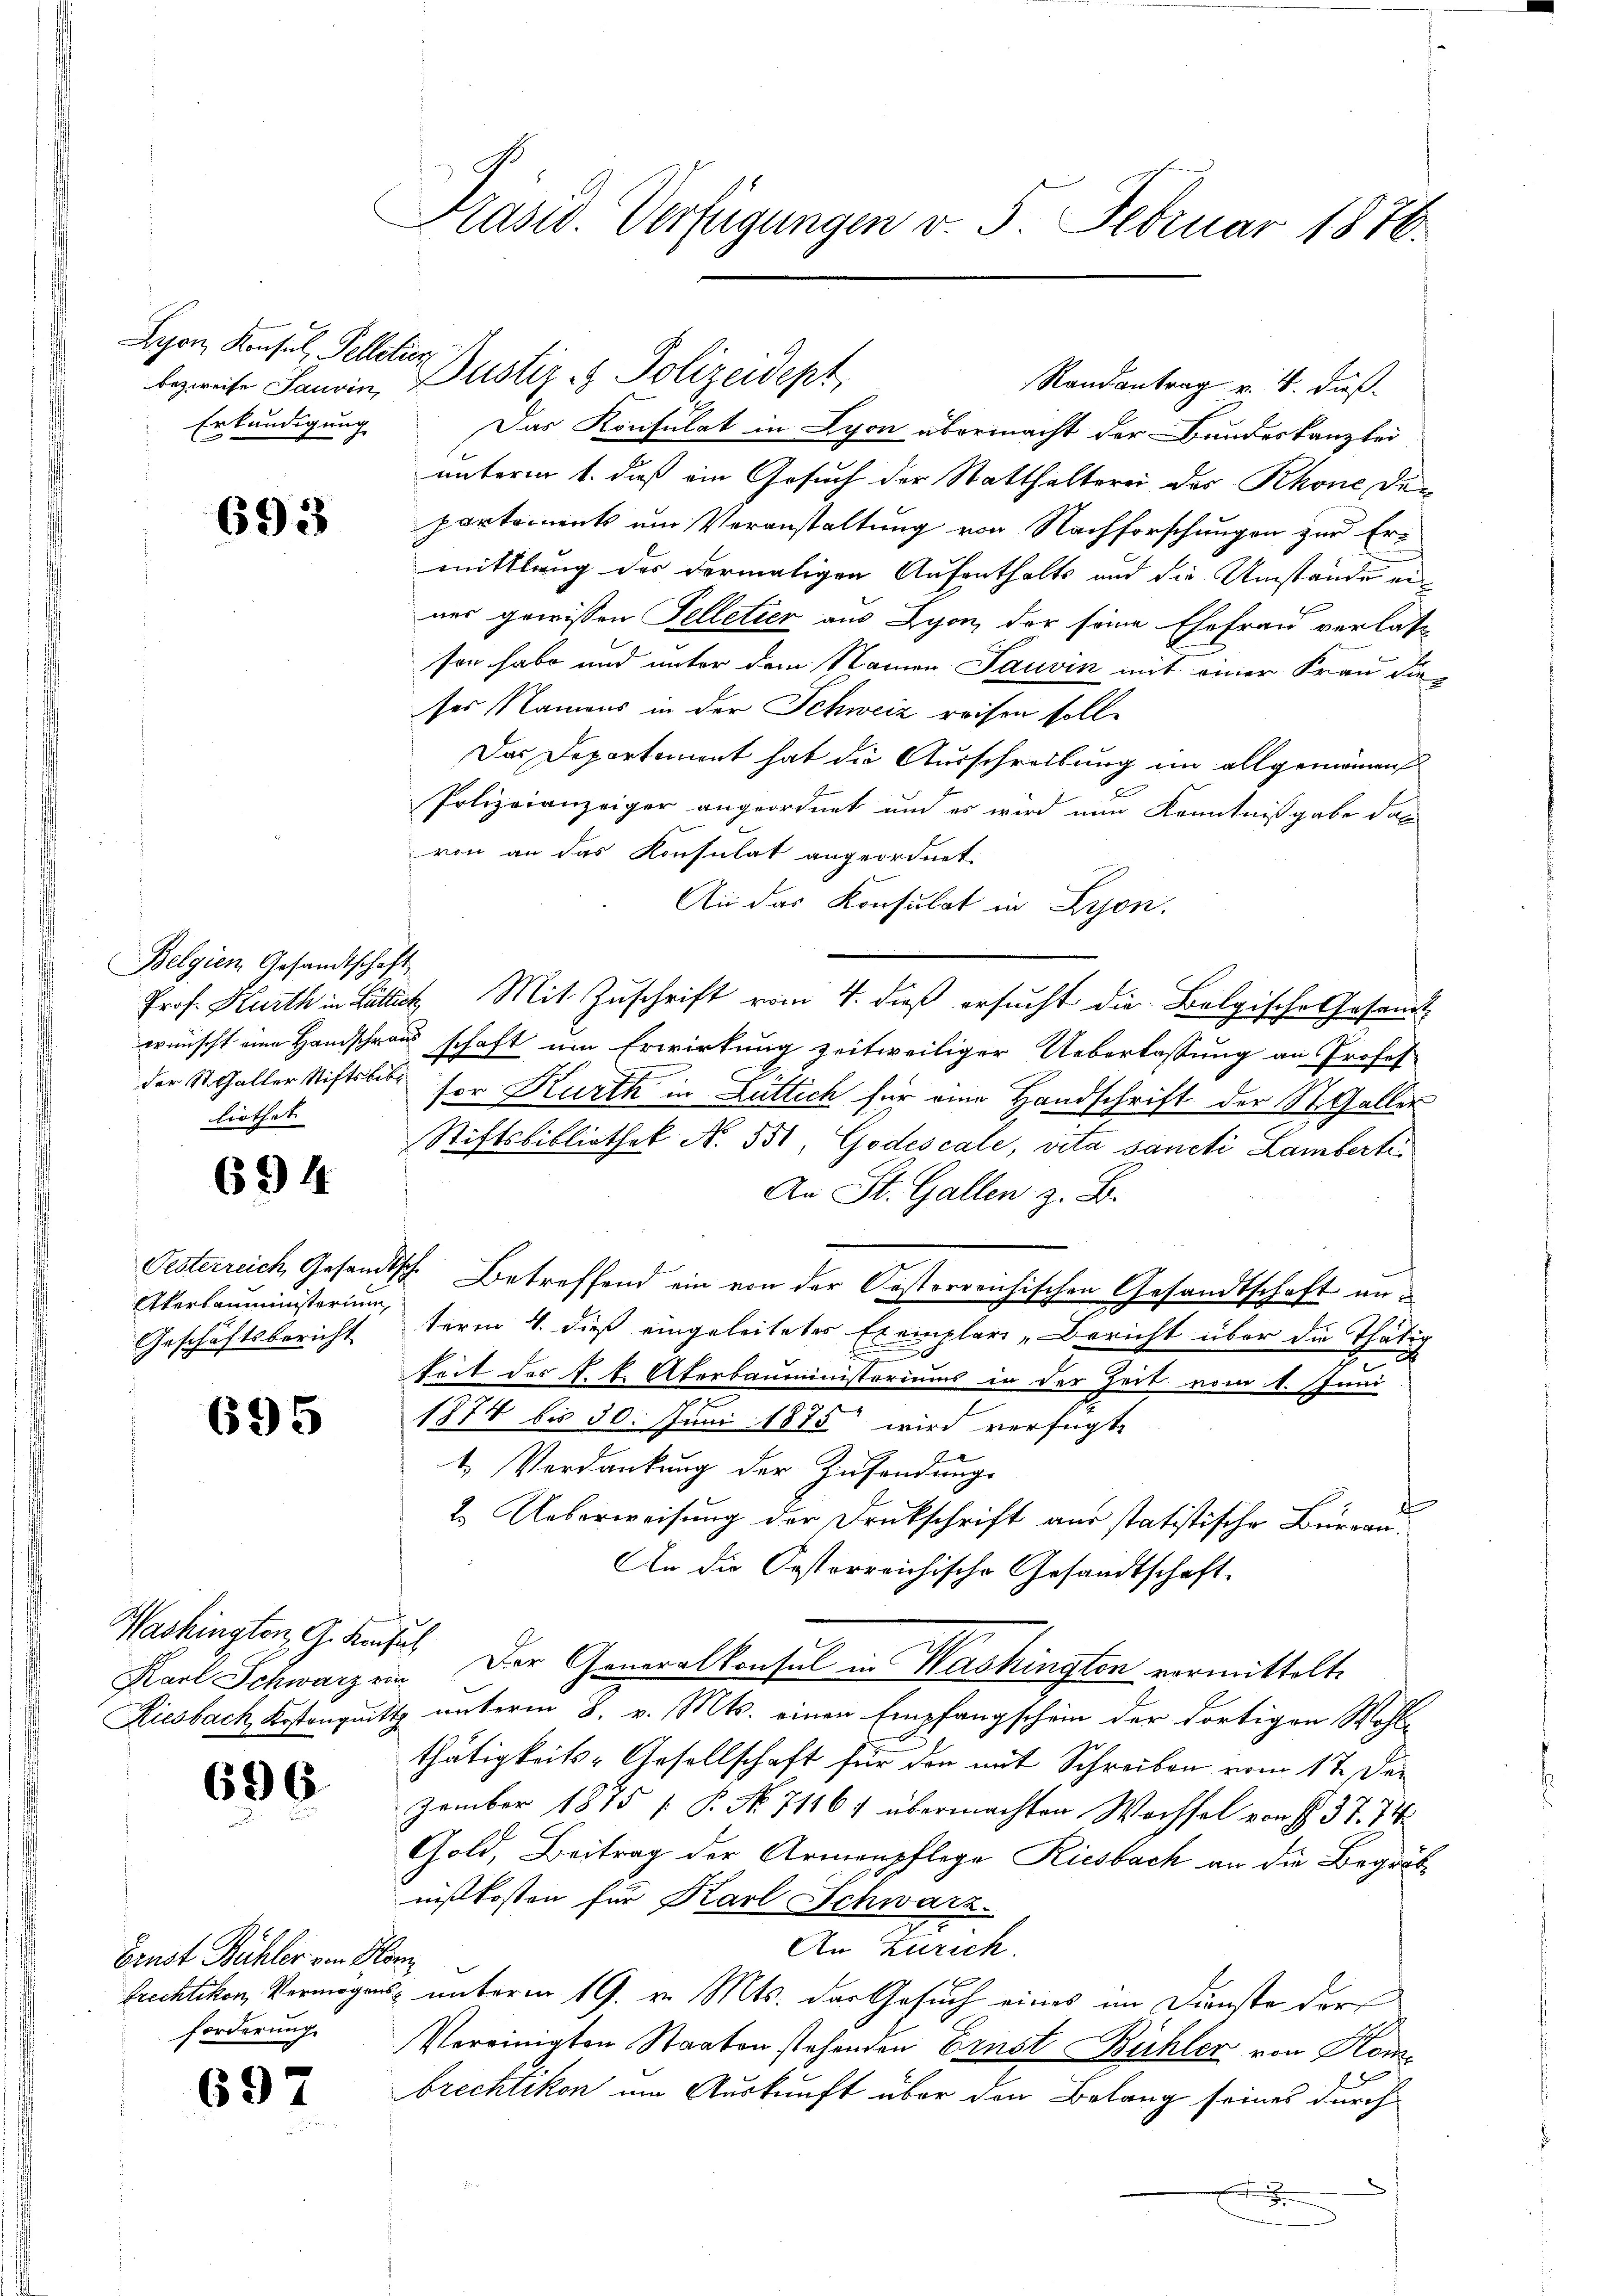
Lyon, Konsul, Pelletier
bezweife Jauvin
Erkundigung

693

Belgien Gesandtschaft
liothet

694

Oesterreich Gesandt,
Ekerbauministerium
Geschäftsbericht

695

Washington, G. Konsul
Riesbach, Kostanquitt

696

Ernst Bühler von Sr.
frechtikon, Vermögens
forderung

697

Präsid. Verfügungen v. 5. Februar 1876.

Dustiz- & Polizeidept

Randantrag v. 4. daß
Das Konsulat in Lyon übermacht der Bundeskanzlei
unterm 1. daß ein Gesuch der Statthalterei des Rhone der
partement um Veranstaltung von Nachforschungen zur Ermittlung des dermaligen Aufenthalts und die Umstände un
ner gewissen Felletier aus Lyon der seine Ehefrau verlas
sen habe und unter dem Namen Tauvin mit einer Frau die
ses Namens in der Schweiz reisen solle
Das Departement hat die Ausschreibung im allgemeinen
Polizeianzeiger angeordnet und es wird nun Kenntnißgabe dan
von an das Konsulat angeordnet.
An das Konsulat in Lyon.
Prof. Kurth in Lüttik, Mit Zuschrift vom 4. dieß ersucht die Belgische Gesandt
wünscht eine Handschraus schaft um Erwirkung zeitweiliger Ueberlassung an Profesder St. Galler Stifts bis for Kurth in Luttich für eine Handschrift der St. Galler
Stiftsbibliothek N. 551, Godescale, vita sancti Lamberte
An St. Gallen z. B.
I. Betreffend ein von der Oesterreichischen Gesandtschaft unterm 4. dieß eingeleitetes Exemplar-Bericht über die Thätig
9
e
keit des k. k. Aberbauministeriums in der Zeit vom 1. Juni
e
e
1874 bis 30. Juni 1875 wird verfügt,
1. Verdankung der Zusendungs
f
2. Ueberweisung der Druckschrift aus statistische Büreau¬
An die Oesterreichische Gesandtschaft.
Karl Schwarz ein. Der Generalkonsul in Washingten vermittelte
unterm 8. v. Mts. einen Empfangschein der dortigen Wohl-
thätigkeits-Gesellschaft für den mit Schreiben vom 17. Der
zember 1875 [ P. No. 71161 übermachten Wachsel von § 37. 74.
Gold, Beitrag der Armenpflege Riesbach an die Begräbnißkosten für Karl Schwarz.
An Zürich.
.
 unterm 19. v. Mts. der Gesuch eines im Dienste der
Vereinigten Staaten stehenden Ernst Bichler von Kom
brechtikon um Auskunft über den Belang seines durch
n